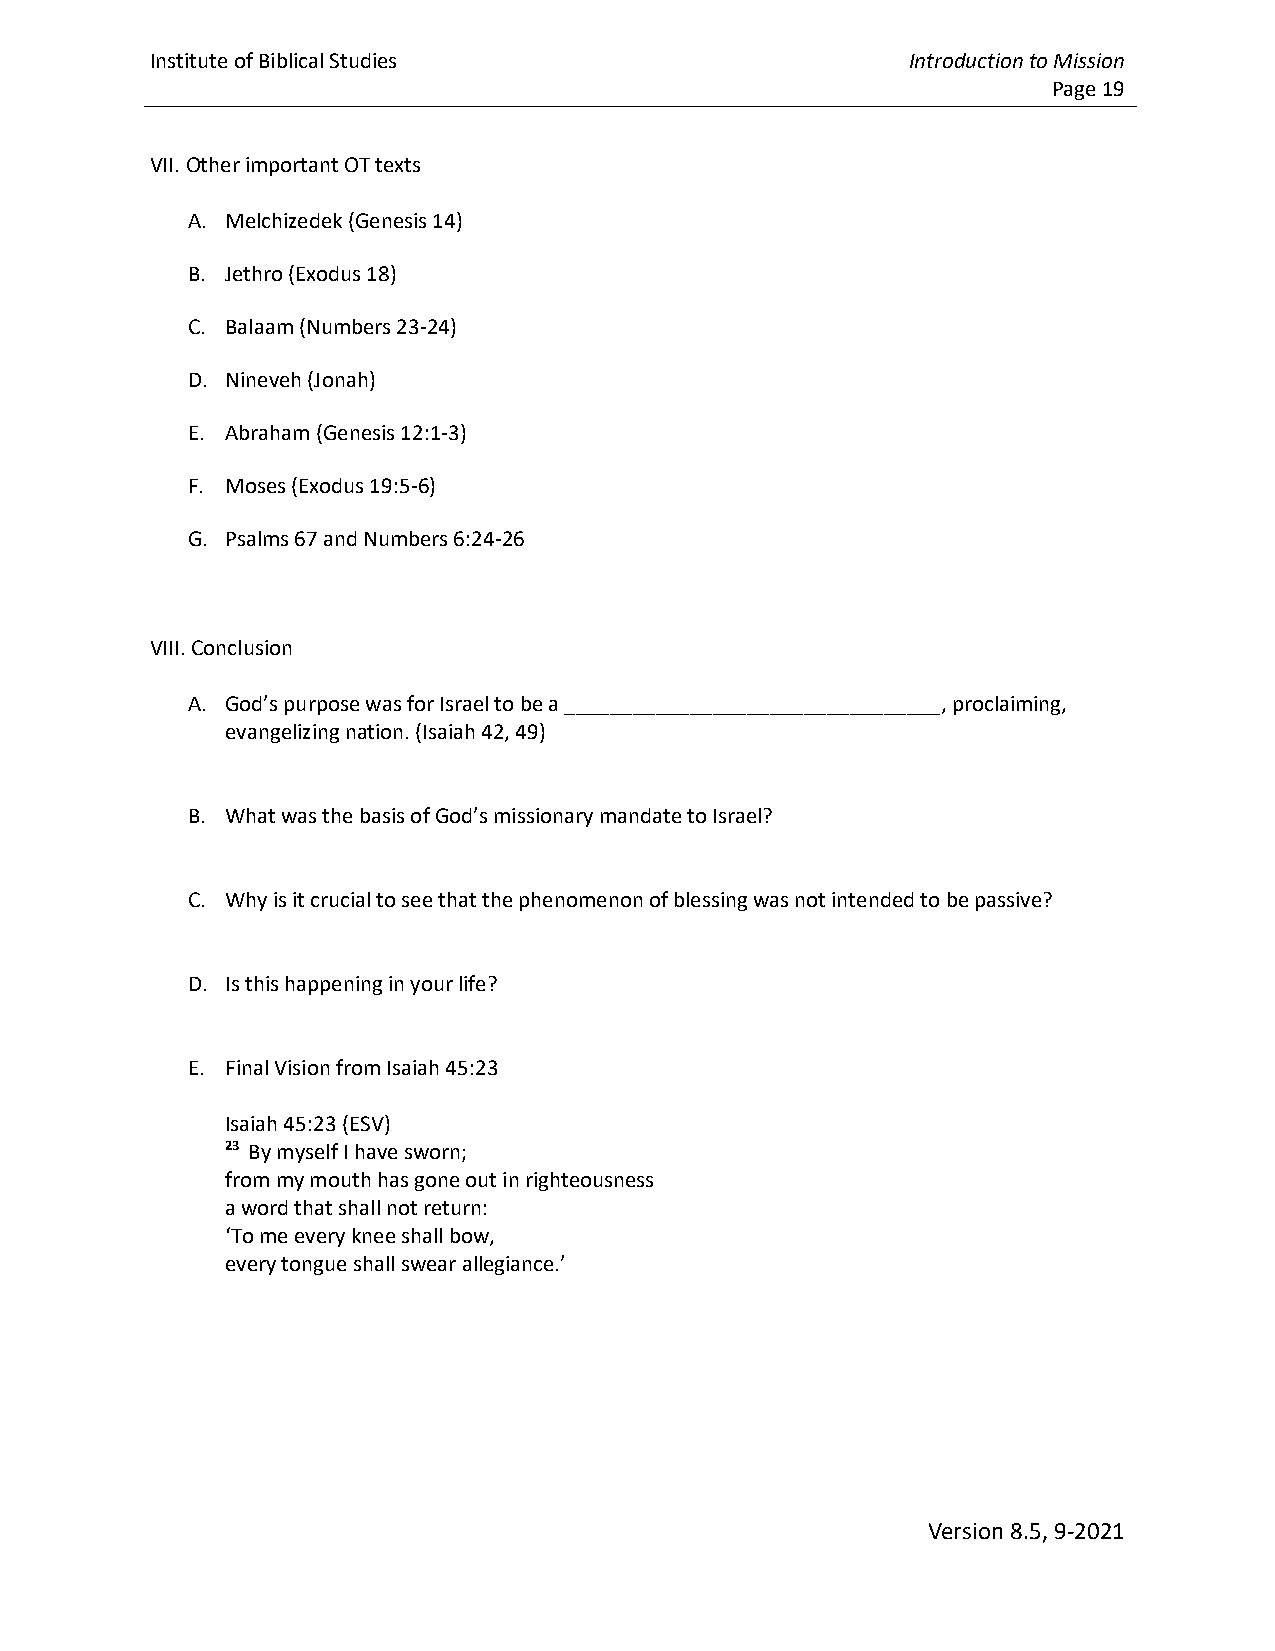
Institute of Biblical Studies                     Introduction to Mission
 Page 19
 VII. Other important OT texts
 A. Melchizedek (Genesis 14)
 B. Jethro (Exodus 18)
 C. Balaam (Numbers 23-24)
 D. Nineveh (Jonah)
 E. Abraham (Genesis 12:1-3)
 F. Moses (Exodus 19:5-6)
 G. Psalms 67 and Numbers 6:24-26
 VIII. Conclusion
 A. God’s purpose was for Israel to be a _________________________________, proclaiming,
 evangelizing nation. (Isaiah 42, 49)
 B. What was the basis of God’s missionary mandate to Israel?
 C. Why is it crucial to see that the phenomenon of blessing was not intended to be passive?
 D. Is this happening in your life?
 E. Final Vision from Isaiah 45:23
 Isaiah 45:23 (ESV)
 23 By myself I have sworn;
 from my mouth has gone out in righteousness
 a word that shall not return:
 ‘To me every knee shall bow,
 every tongue shall swear allegiance.’
 Version 8.5, 9-2021